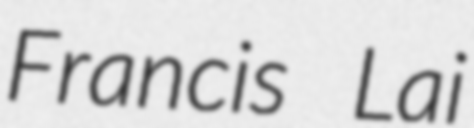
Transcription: Francis Lai